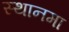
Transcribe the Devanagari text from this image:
स्थानमा